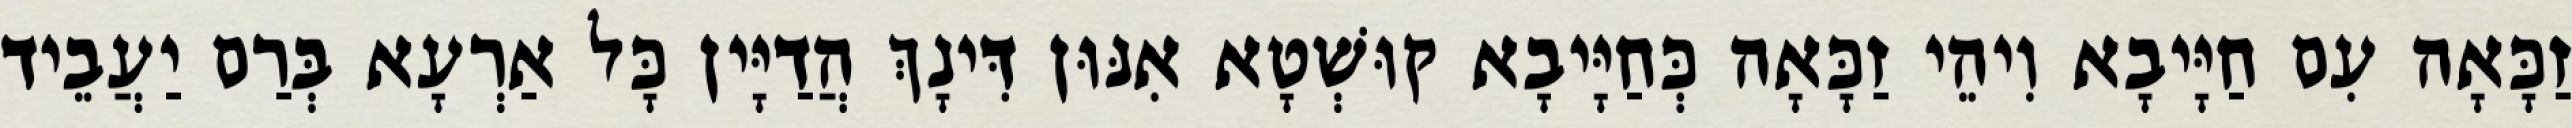
זַכָּאָה עִם חַיָּיבָא וִיהֵי זַכָּאָה כְּחַיָּיבָא קוּשְׁטָא אִנּוּן דִּינָךְ הֲדַיָּין כָּל אַרְעָא בְּרַם יַעֲבֵיד